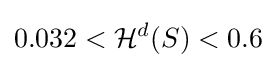
0.032<{\mathcal {H}}^{d}(S)<0.6